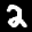
Label: 2